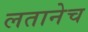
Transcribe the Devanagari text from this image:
लतानेच